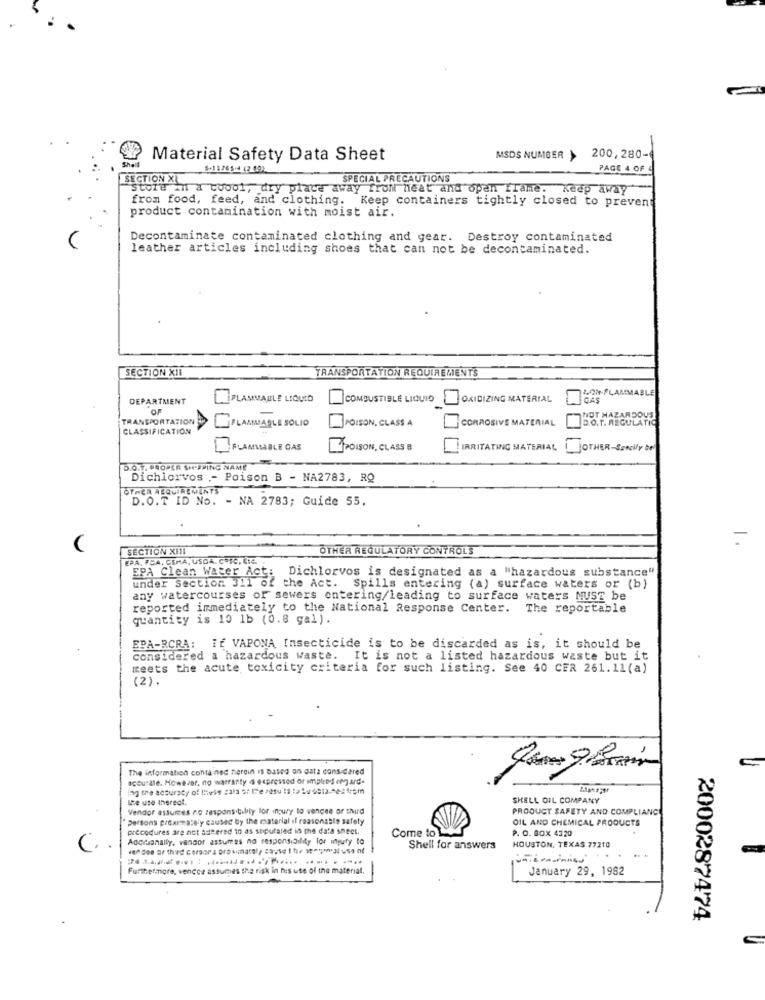
Material Safety Data Sheet
MSDS NUMBER >
200,280-
5-11/65-4 42 091
PAGE 4 OF
SECTION XI
SPECIAL PRECAUTIONS
"store in a cool, dry place away from heat and open frame. Keep away
from food, feed, and clothing. Keep containers tightly closed to prevent
product contamination with moist air.
Decontaminate contaminated clothing and gear. Destroy contaminated
leather articles including shoes that can not be decontaminated.
SECTION XII
TRANSPORTATION REQUIREMENTS
20%-FLAMMABLE
DEPARTMENT
FLAMMABLE LIQUID
COMBUSTIBLE LIQUID
OXIDIZING MATERIAL
CAS
NOT HAZARDOUS
TRANSPORTATION
POISON, CLASS A
CORROSIVE MATERIAL
D.O. T. REGULATIC
CLASSIFICATION
FLAMMABLE SOLIO
FLAMMLABLE CAS
POISON, CLASS B
IRRITATING MATERIAL
jOTHER-Sencily be
D.O.T. PROPER SHIPPING NAME
Dichlorvos - Poison B - NA2783, RQ
OTHER REQUIREMENTS
D.O.T ID No. - NA 2783; Guide 55.
SECTION XIII
OTHER REGULATORY CONTROLS
EPA, FCA. CENA, USDA. CO/C, LIC.
EPA Clean Water Act: Dichlorvos is designated as a "hazardous substance"
under Section 311 of the Act. Spills entering (a) surface waters or (b)
any watercourses of sewers entering/leading to surface waters MUST
reported immediately to the National Response Center. The reportable
quantity is 10 1b (0.8 gal).
EPA-RCRA: IE VAPONA Insecticide is to be discarded as is, it should be
considered a hazardous waste. It is not a listed hazardous waste but it
meets the acute toxicity criteria for such listing. See 40 CER 261.11(a)
(2).
The information contained herein is based on data considered
scoutale. However, no warranty @ expressed or implied eng] ard-
the use thereal.
SHELL OIL COMPANY
Vendor assumes no respons.tilily lor inoury to vencee or third
PRODUCT SAFETY AND COMPLIANCE
Persons proximately caused by the material if reasonable safety
OIL AND CHEMICAL PRODUCTS
precodures are not seeered to as stipulated in the data sheet.
P. O. BOX 4320
Adcrushally, vendor assumees no responsibility for myury to
Come to
HOUSTON, TEXAS 77210
C ..
Shell for answers
Furthermore, vencce assumes the risk in his use of the material.
January 29, 1962
2000287474